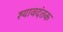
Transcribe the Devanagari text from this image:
श्यावदंतक